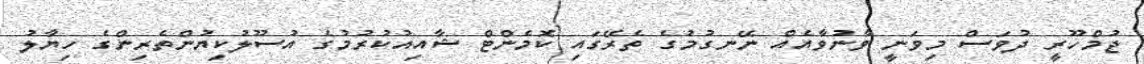
ޖުމްހޫރީ ދުވަސް މިވަނީ ވާނުވާއެއް ނޭނގުމުގެ ތެރޭގައި ކޮމެންޓް ޝާއިއުކުރުމުގެ އުސޫލުކިޔުންތެރިންގެ ހިޔާލު